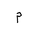
Letter: _mim